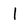
Character: I